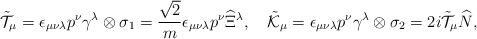
\begin{align*}\tilde{\cal T}_\mu=\epsilon_{\mu\nu\lambda}p^\nu\gamma^\lambda\otimes\sigma_1=\frac{\sqrt{2}}{m}\epsilon_{\mu\nu\lambda}p^\nu\widehat{\Xi}{}^\lambda,\quad\tilde{\cal K}_\mu=\epsilon_{\mu\nu\lambda}p^\nu\gamma^\lambda\otimes\sigma_2=2i\tilde{\cal T}_\mu\widehat{N},\end{align*}